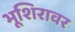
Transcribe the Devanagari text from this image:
भूशिरावर